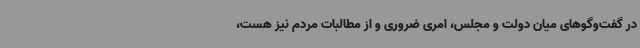
در گفت‌وگوهای میان دولت و مجلس، امری ضروری و از مطالبات مردم نیز هست،